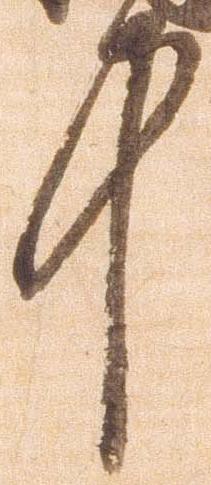
中